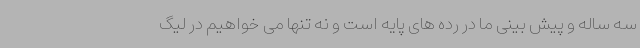
سه ساله و پیش بینی ما در رده های پایه است و نه تنها می خواهیم در لیگ